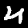
Digit: 4